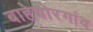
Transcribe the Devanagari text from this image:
बाहेबोरगांव